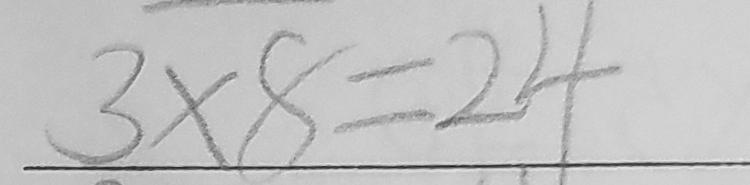
3 \times 8 = 2 4